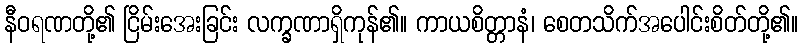
နီဝရဏတို့၏ ငြိမ်းအေးခြင်း လက္ခဏာရှိကုန်၏။ ကာယစိတ္တာနံ၊ စေတသိက်အပေါင်းစိတ်တို့၏။